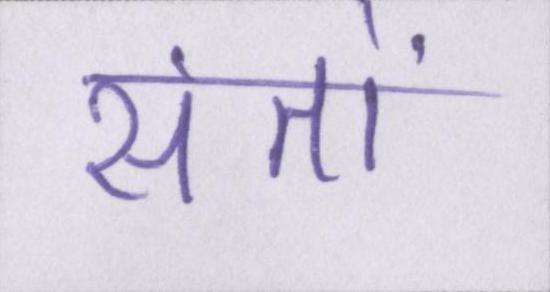
संतों